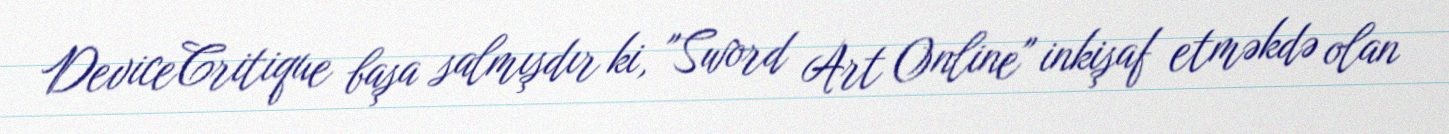
DeviceCritique başa salmışdır ki, "Sword Art Online" inkişaf etməkdə olan